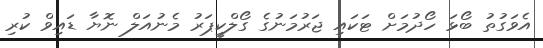
އެވަގުތު ބޯޅަ ހޯދުމަށް ޓަކައި ޖަރުމަނުގެ ގޯލްކީޕަރު މެނުއަލް ނޮޔާ ޑައިވް ކުރި